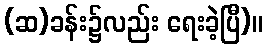
(ဆ)ခန်း၌လည်း ရေးခဲ့ပြီ)။